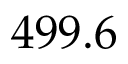
4 9 9 . 6